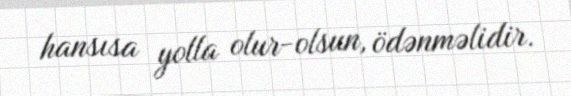
hansısa yolla olur-olsun, ödənməlidir.